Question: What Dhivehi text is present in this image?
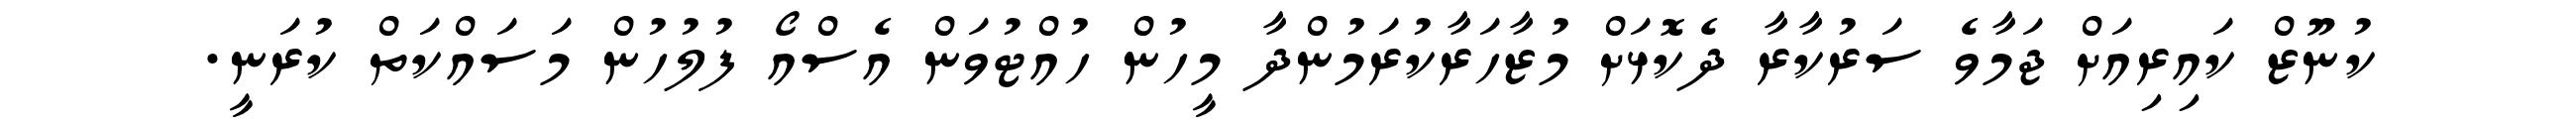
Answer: ކުނޫޒް ކައިރިއަށް ޖަމާވެ ސަރުކާރާ ދެކޮޅަށް މުޒާހަރާކުރަމުންދާ މީހުން ހުއްޓުވަން އެސްއޯ ފުލުހުން މަސައްކަތް ކުރަނީ.